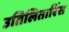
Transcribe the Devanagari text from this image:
उतिलितारिंस